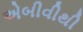
એબીવીથી